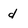
Character: d